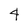
Character: 4